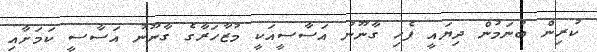
ކުރިން ބުނަމުން ދިޔައީ ފެހި ގާނޫނު އަސާސީއަކީ މުޒާހަރާގެ ގާނޫނު އަސާސީ ކަމަށާއި